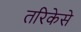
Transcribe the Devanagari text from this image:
तरिकेसे